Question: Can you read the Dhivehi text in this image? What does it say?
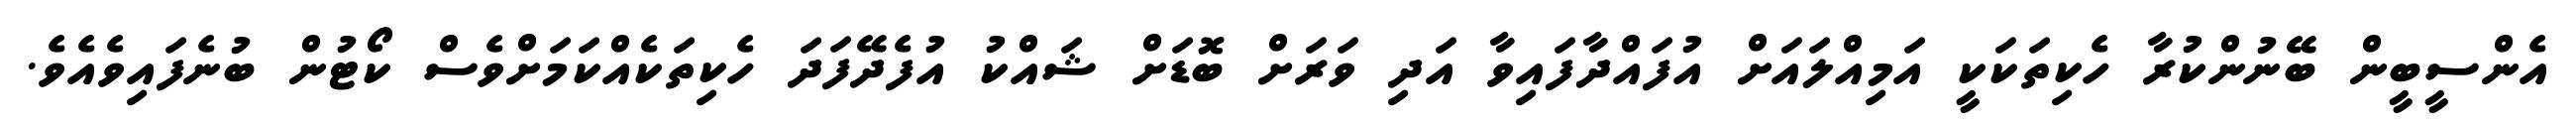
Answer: އެންސީބީން ބޭނުންކުރާ ހެކިތަކަކީ އަމިއްލައަށް އުފައްދާފައިވާ އަދި ވަރަށް ބޮޑަށް ޝައްކު އުފެދޭފަދަ ހެކިތަކެއްކަމަށްވެސް ކޯޓުން ބުނެފައިވެއެވެ.